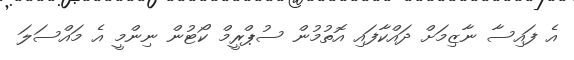
އެ ފައިސާ ނާޒިމަށް ދައްކާފައި އޮތުމުން ސުޕްރީމް ކޯޓުން ނިންމީ އެ މައްސަލަ